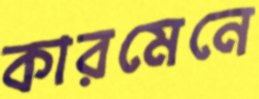
কারমেনে